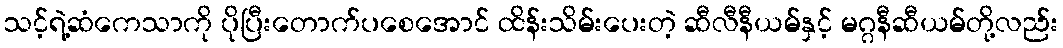
သင့်ရဲ့ဆံကေသာကို ပိုပြီးတောက်ပစေအောင် ထိန်းသိမ်းပေးတဲ့ ဆီလီနီယမ်နှင့် မဂ္ဂနီဆီယမ်တို့လည်း